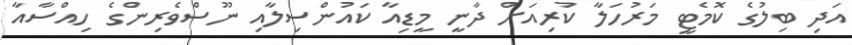
އަދި ބިލުގެ ކޮމެޓީ މަރުހަލާ ކުރިއަށް ދާނީ މީޑިއާ ކައުންސިލާއި ނޫސްވެރިންގެ ހިއްސާއާ